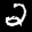
Label: 2